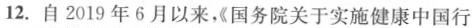
12.自2019年6月以来《国务院关于实施健康中国行